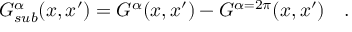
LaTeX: G _ { s u b } ^ { \alpha } ( x , x ^ { \prime } ) = G ^ { \alpha } ( x , x ^ { \prime } ) - G ^ { \alpha = 2 \pi } ( x , x ^ { \prime } ) ~ ~ ~ .